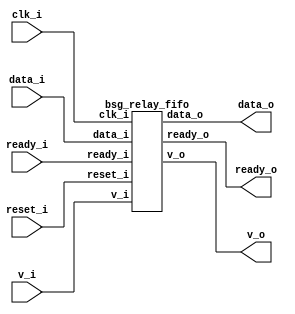


module top
(
  clk_i,
  reset_i,
  ready_o,
  data_i,
  v_i,
  v_o,
  data_o,
  ready_i
);

  input [15:0] data_i;
  output [15:0] data_o;
  input clk_i;
  input reset_i;
  input v_i;
  input ready_i;
  output ready_o;
  output v_o;

  bsg_relay_fifo
  wrapper
  (
    .data_i(data_i),
    .data_o(data_o),
    .clk_i(clk_i),
    .reset_i(reset_i),
    .v_i(v_i),
    .ready_i(ready_i),
    .ready_o(ready_o),
    .v_o(v_o)
  );


endmodule



module bsg_mem_1r1w_synth_width_p16_els_p2_read_write_same_addr_p0_harden_p0
(
  w_clk_i,
  w_reset_i,
  w_v_i,
  w_addr_i,
  w_data_i,
  r_v_i,
  r_addr_i,
  r_data_o
);

  input [0:0] w_addr_i;
  input [15:0] w_data_i;
  input [0:0] r_addr_i;
  output [15:0] r_data_o;
  input w_clk_i;
  input w_reset_i;
  input w_v_i;
  input r_v_i;
  wire [15:0] r_data_o;
  wire N0,N1,N2,N3,N4,N5,N7,N8;
  reg [31:0] mem;
  assign r_data_o[15] = (N3)? mem[15] : 
                        (N0)? mem[31] : 1'b0;
  assign N0 = r_addr_i[0];
  assign r_data_o[14] = (N3)? mem[14] : 
                        (N0)? mem[30] : 1'b0;
  assign r_data_o[13] = (N3)? mem[13] : 
                        (N0)? mem[29] : 1'b0;
  assign r_data_o[12] = (N3)? mem[12] : 
                        (N0)? mem[28] : 1'b0;
  assign r_data_o[11] = (N3)? mem[11] : 
                        (N0)? mem[27] : 1'b0;
  assign r_data_o[10] = (N3)? mem[10] : 
                        (N0)? mem[26] : 1'b0;
  assign r_data_o[9] = (N3)? mem[9] : 
                       (N0)? mem[25] : 1'b0;
  assign r_data_o[8] = (N3)? mem[8] : 
                       (N0)? mem[24] : 1'b0;
  assign r_data_o[7] = (N3)? mem[7] : 
                       (N0)? mem[23] : 1'b0;
  assign r_data_o[6] = (N3)? mem[6] : 
                       (N0)? mem[22] : 1'b0;
  assign r_data_o[5] = (N3)? mem[5] : 
                       (N0)? mem[21] : 1'b0;
  assign r_data_o[4] = (N3)? mem[4] : 
                       (N0)? mem[20] : 1'b0;
  assign r_data_o[3] = (N3)? mem[3] : 
                       (N0)? mem[19] : 1'b0;
  assign r_data_o[2] = (N3)? mem[2] : 
                       (N0)? mem[18] : 1'b0;
  assign r_data_o[1] = (N3)? mem[1] : 
                       (N0)? mem[17] : 1'b0;
  assign r_data_o[0] = (N3)? mem[0] : 
                       (N0)? mem[16] : 1'b0;
  assign N5 = ~w_addr_i[0];
  assign { N8, N7 } = (N1)? { w_addr_i[0:0], N5 } : 
                      (N2)? { 1'b0, 1'b0 } : 1'b0;
  assign N1 = w_v_i;
  assign N2 = N4;
  assign N3 = ~r_addr_i[0];
  assign N4 = ~w_v_i;

  always @(posedge w_clk_i) begin
    if(N8) begin
      { mem[31:16] } <= { w_data_i[15:0] };
    end 
    if(N7) begin
      { mem[15:0] } <= { w_data_i[15:0] };
    end 
  end


endmodule



module bsg_mem_1r1w_width_p16_els_p2_read_write_same_addr_p0
(
  w_clk_i,
  w_reset_i,
  w_v_i,
  w_addr_i,
  w_data_i,
  r_v_i,
  r_addr_i,
  r_data_o
);

  input [0:0] w_addr_i;
  input [15:0] w_data_i;
  input [0:0] r_addr_i;
  output [15:0] r_data_o;
  input w_clk_i;
  input w_reset_i;
  input w_v_i;
  input r_v_i;
  wire [15:0] r_data_o;

  bsg_mem_1r1w_synth_width_p16_els_p2_read_write_same_addr_p0_harden_p0
  synth
  (
    .w_clk_i(w_clk_i),
    .w_reset_i(w_reset_i),
    .w_v_i(w_v_i),
    .w_addr_i(w_addr_i[0]),
    .w_data_i(w_data_i),
    .r_v_i(r_v_i),
    .r_addr_i(r_addr_i[0]),
    .r_data_o(r_data_o)
  );


endmodule



module bsg_two_fifo_width_p16
(
  clk_i,
  reset_i,
  ready_o,
  data_i,
  v_i,
  v_o,
  data_o,
  yumi_i
);

  input [15:0] data_i;
  output [15:0] data_o;
  input clk_i;
  input reset_i;
  input v_i;
  input yumi_i;
  output ready_o;
  output v_o;
  wire [15:0] data_o;
  wire ready_o,v_o,N0,N1,enq_i,n_0_net_,N2,N3,N4,N5,N6,N7,N8,N9,N10,N11,N12,N13,N14,
  N15,N16,N17,N18,N19,N20,N21,N22,N23,N24;
  reg full_r,tail_r,head_r,empty_r;

  bsg_mem_1r1w_width_p16_els_p2_read_write_same_addr_p0
  mem_1r1w
  (
    .w_clk_i(clk_i),
    .w_reset_i(reset_i),
    .w_v_i(enq_i),
    .w_addr_i(tail_r),
    .w_data_i(data_i),
    .r_v_i(n_0_net_),
    .r_addr_i(head_r),
    .r_data_o(data_o)
  );

  assign N9 = (N0)? 1'b1 : 
              (N1)? N5 : 1'b0;
  assign N0 = N3;
  assign N1 = N2;
  assign N10 = (N0)? 1'b0 : 
               (N1)? N4 : 1'b0;
  assign N11 = (N0)? 1'b1 : 
               (N1)? yumi_i : 1'b0;
  assign N12 = (N0)? 1'b0 : 
               (N1)? N6 : 1'b0;
  assign N13 = (N0)? 1'b1 : 
               (N1)? N7 : 1'b0;
  assign N14 = (N0)? 1'b0 : 
               (N1)? N8 : 1'b0;
  assign n_0_net_ = ~empty_r;
  assign v_o = ~empty_r;
  assign ready_o = ~full_r;
  assign enq_i = v_i & N15;
  assign N15 = ~full_r;
  assign N2 = ~reset_i;
  assign N3 = reset_i;
  assign N5 = enq_i;
  assign N4 = ~tail_r;
  assign N6 = ~head_r;
  assign N7 = N17 | N19;
  assign N17 = empty_r & N16;
  assign N16 = ~enq_i;
  assign N19 = N18 & N16;
  assign N18 = N15 & yumi_i;
  assign N8 = N23 | N24;
  assign N23 = N21 & N22;
  assign N21 = N20 & enq_i;
  assign N20 = ~empty_r;
  assign N22 = ~yumi_i;
  assign N24 = full_r & N22;

  always @(posedge clk_i) begin
    if(1'b1) begin
      full_r <= N14;
      empty_r <= N13;
    end 
    if(N9) begin
      tail_r <= N10;
    end 
    if(N11) begin
      head_r <= N12;
    end 
  end


endmodule



module bsg_relay_fifo
(
  clk_i,
  reset_i,
  ready_o,
  data_i,
  v_i,
  v_o,
  data_o,
  ready_i
);

  input [15:0] data_i;
  output [15:0] data_o;
  input clk_i;
  input reset_i;
  input v_i;
  input ready_i;
  output ready_o;
  output v_o;
  wire [15:0] data_o;
  wire ready_o,v_o,yumi;

  bsg_two_fifo_width_p16
  two_fifo
  (
    .clk_i(clk_i),
    .reset_i(reset_i),
    .ready_o(ready_o),
    .data_i(data_i),
    .v_i(v_i),
    .v_o(v_o),
    .data_o(data_o),
    .yumi_i(yumi)
  );

  assign yumi = ready_i & v_o;

endmodule